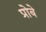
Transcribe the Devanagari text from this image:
प्रोबे